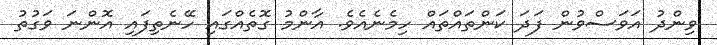
ވިންދު އަވަސްވުން ފަދަ ކަންތައްތައް ހިމެނެއެވެ. އާންމު ގޮތެއްގައި ހޭނެތިފައި އޮންނަ ވަގުތު